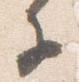
子